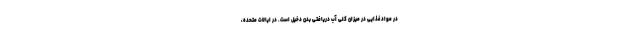
در مواد غذایی در میزان کلیِ آب دریافتیِ بدن دخیل است. در ایالات متحده،